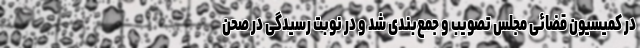
در کمیسیون قضائی مجلس تصویب و جمع‌بندی شد و در نوبت رسیدگی در صحن